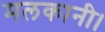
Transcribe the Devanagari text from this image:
मलकानी।